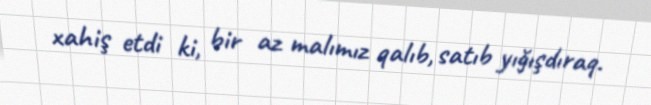
xahiş etdi ki, bir az malımız qalıb, satıb yığışdıraq.